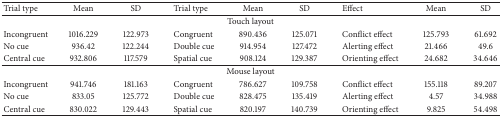
| Trial type | Mean | SD | Trial type | Mean | SD | Effect | Mean | SD |
 | --- | --- | --- | --- | --- | --- | --- | --- | --- |
 | <COLSPAN=9> Touch layout |
 | Incongruent | 1016.229 | 122.973 | Congruent | 890.436 | 125.071 | Conflict effect | 125.793 | 61.692 |
 | No cue | 936.42 | 122.244 | Double cue | 914.954 | 127.472 | Alerting effect | 21.466 | 49.6 |
 | Central cue | 932.806 | 117.579 | Spatial cue | 908.124 | 129.387 | Orienting effect | 24.682 | 34.646 |
 | <COLSPAN=9> Mouse layout |
 | Incongruent | 941.746 | 181.163 | Congruent | 786.627 | 109.758 | Conflict effect | 155.118 | 89.207 |
 | No cue | 833.05 | 125.772 | Double cue | 828.475 | 135.419 | Alerting effect | 4.57 | 34.988 |
 | Central cue | 830.022 | 129.443 | Spatial cue | 820.197 | 140.739 | Orienting effect | 9.825 | 54.498 |